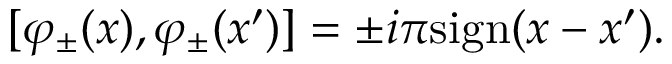
[ \varphi _ { \pm } ( x ) , \varphi _ { \pm } ( x ^ { \prime } ) ] = \pm i \pi \mathrm { s i g n } ( x - x ^ { \prime } ) .